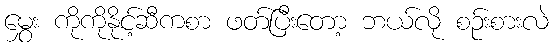
မွှေး ကိုကိုနိုင့်ဆီကစာ ဖတ်ပြီးတော့ ဘယ်လို စဉ်းစားလဲ